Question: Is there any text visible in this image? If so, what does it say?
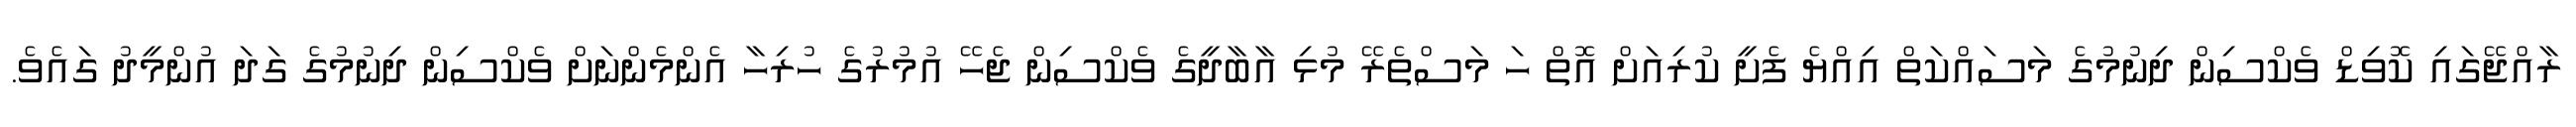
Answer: ރާއްޖޭގައި ކޮވިޑް ވެކްސިން ދިނުމުގެ މަސައްކަތް އިއްޔެ ފެށީ ކުރިއަށް އޮތް ހަ މަސްތެރޭ މުޅި އާބާދީގެ ވެކްސިން ޖެހޭ އުމުރުގެ ހުރިހާ އެންމެންނަށް ވެކްސިން ދިނުމުގެ ގަދަ އުންމީދު ގައެވެ.